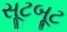
સૂટબૂટ